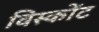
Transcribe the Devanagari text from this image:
विस्कोंट